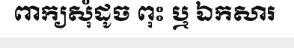
ពាក្យសុំដូច ពុះ ឬ ឯកសារ